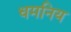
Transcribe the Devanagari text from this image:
धमनिय